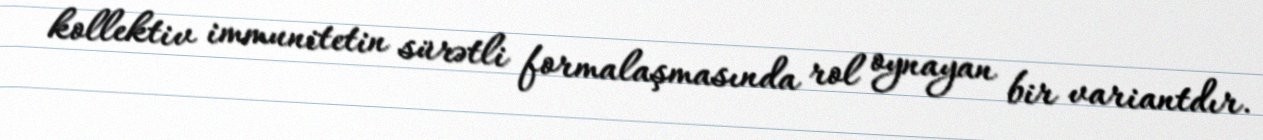
kollektiv immunitetin sürətli formalaşmasında rol oynayan bir variantdır.